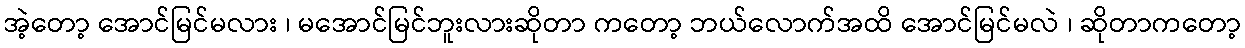
အဲ့တော့ အောင်မြင်မလား ၊ မအောင်မြင်ဘူးလားဆိုတာ ကတော့ ဘယ်လောက်အထိ အောင်မြင်မလဲ ၊ ဆိုတာကတော့